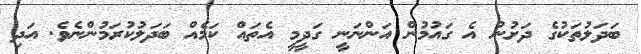
ބަދަލުތަކުގެ ދަށުން އެ ގައުމުން އަންނަނީ ގަދީމީ އެތައް ކަމެއް ބަދަލުކުރަމުންނެވެ. އަދި